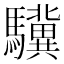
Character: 驥